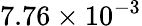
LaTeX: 7.76\times 10^{-3}